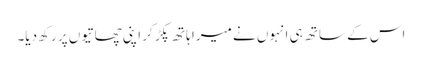
اس کے ساتھ ہی انہوں نے میرا ہاتھ پکڑ کر اپنی چھاتیوں پر رکھ دیا۔